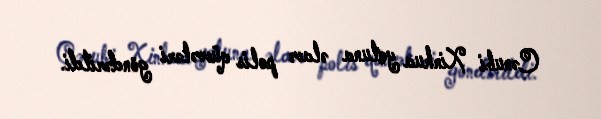
Cənubi Xinhua yoluna əlavə polis qüvvələri göndərildi.